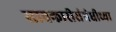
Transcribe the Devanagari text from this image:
सावकारीसंबंधीच्या